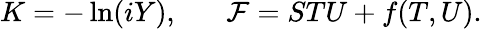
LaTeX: K=-\ln(iY),\; \; \; \; \; \; \mathcal{F}=STU+f(T,U).